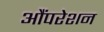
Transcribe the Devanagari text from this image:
औंपरेशन